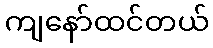
ကျနော်ထင်တယ်